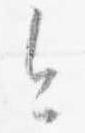
今